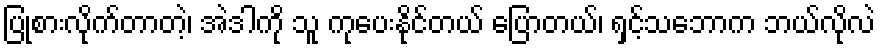
ပြုစားလိုက်တာတဲ့၊ အဲဒါကို သူ ကုပေးနိုင်တယ် ပြောတယ်၊ ရှင့်သဘောက ဘယ်လိုလဲ